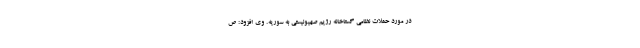
در مورد حملات نظامی گستاخانه رژیم صهیونیستی به سوریه. وی افزود: ص